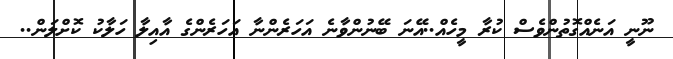
ނޫނީ އަނެއްގޮތުންވެސް ކުރާ މީހެއް..އޭނަ ބޭނުންވާނެ އަހަރެންނާ އަހަރެންގެ އާއިލާ ހަލާކު ކޮށްލަން..